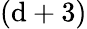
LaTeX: (\mathrm{d}+3)